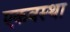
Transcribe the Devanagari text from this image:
एकवस्था